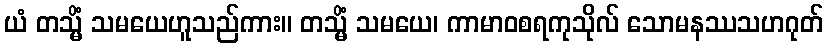
ယံ တသ္မိံ သမယေဟူသည်ကား။ တသ္မိံ သမယေ၊ ကာမာဝစရကုသိုလ် သောမနဿသဟဂုတ်